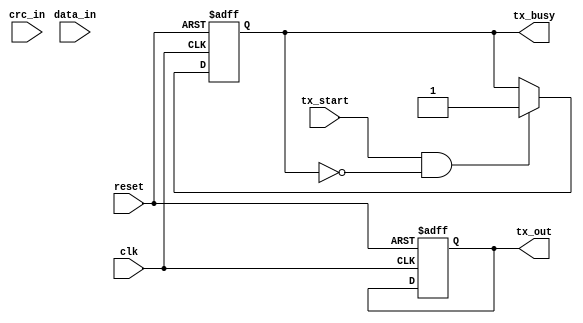
// UART Transmitter Module
module uart_transmitter (
    input wire clk,           // Clock input
    input wire reset,         // Reset input
    input wire [7:0] data_in, // 8-bit data input
    input wire [15:0] crc_in, // 16-bit CRC input
    input wire tx_start,      // Transmit start signal
    output reg tx_out,        // Transmit output
    output reg tx_busy        // Transmit busy flag
);

parameter BAUD_RATE = 9600;     // Baud rate parameter
localparam CLK_FREQ = 50000000; // System clock frequency
localparam BAUD_COUNTER_MAX = (CLK_FREQ / BAUD_RATE) - 1;

reg [4:0] bit_counter;          // Bit counter for tracking transmitted bits (5 bits for 27 bits total)
reg [10:0] baud_counter;        // Baud rate counter
reg [25:0] tx_shift_reg;        // Shift register for data transmission

always @(posedge clk or posedge reset) begin
    if (reset) begin
        bit_counter <= 0;        // Reset bit counter
        baud_counter <= 0;       // Reset baud counter
        tx_out <= 1;             // Set tx_out to idle state (high)
        tx_busy <= 0;            // Set tx_busy to not busy
    end else if (tx_start && !tx_busy) begin
        // Load tx_shift_reg with start bit (0), data_in, crc_in, and stop bit (1)
        tx_shift_reg <= {1'b1, crc_in, data_in, 1'b0}; 
        tx_busy <= 1;            // Set tx_busy to busy
        bit_counter <= 0;        // Reset bit counter for new transmission
    end else if (tx_busy) begin
        if (baud_counter == BAUD_COUNTER_MAX) begin
            tx_out <= tx_shift_reg[0];               // Transmit the least significant bit
            tx_shift_reg <= {1'b0, tx_shift_reg[25:1]}; // Shift right
            baud_counter <= 0;                       // Reset baud counter
            bit_counter <= bit_counter + 1;          // Increment bit counter
            if (bit_counter == 26) begin
                tx_busy <= 0;                        // Transmission complete, reset tx_busy
                bit_counter <= 0;                    // Reset bit counter
            end
        end else begin
            baud_counter <= baud_counter + 1;        // Increment baud counter
        end
    end
end

endmodule